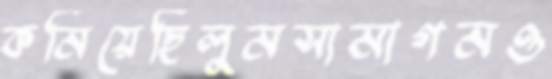
কমিয়েছিলুমসামাগমও